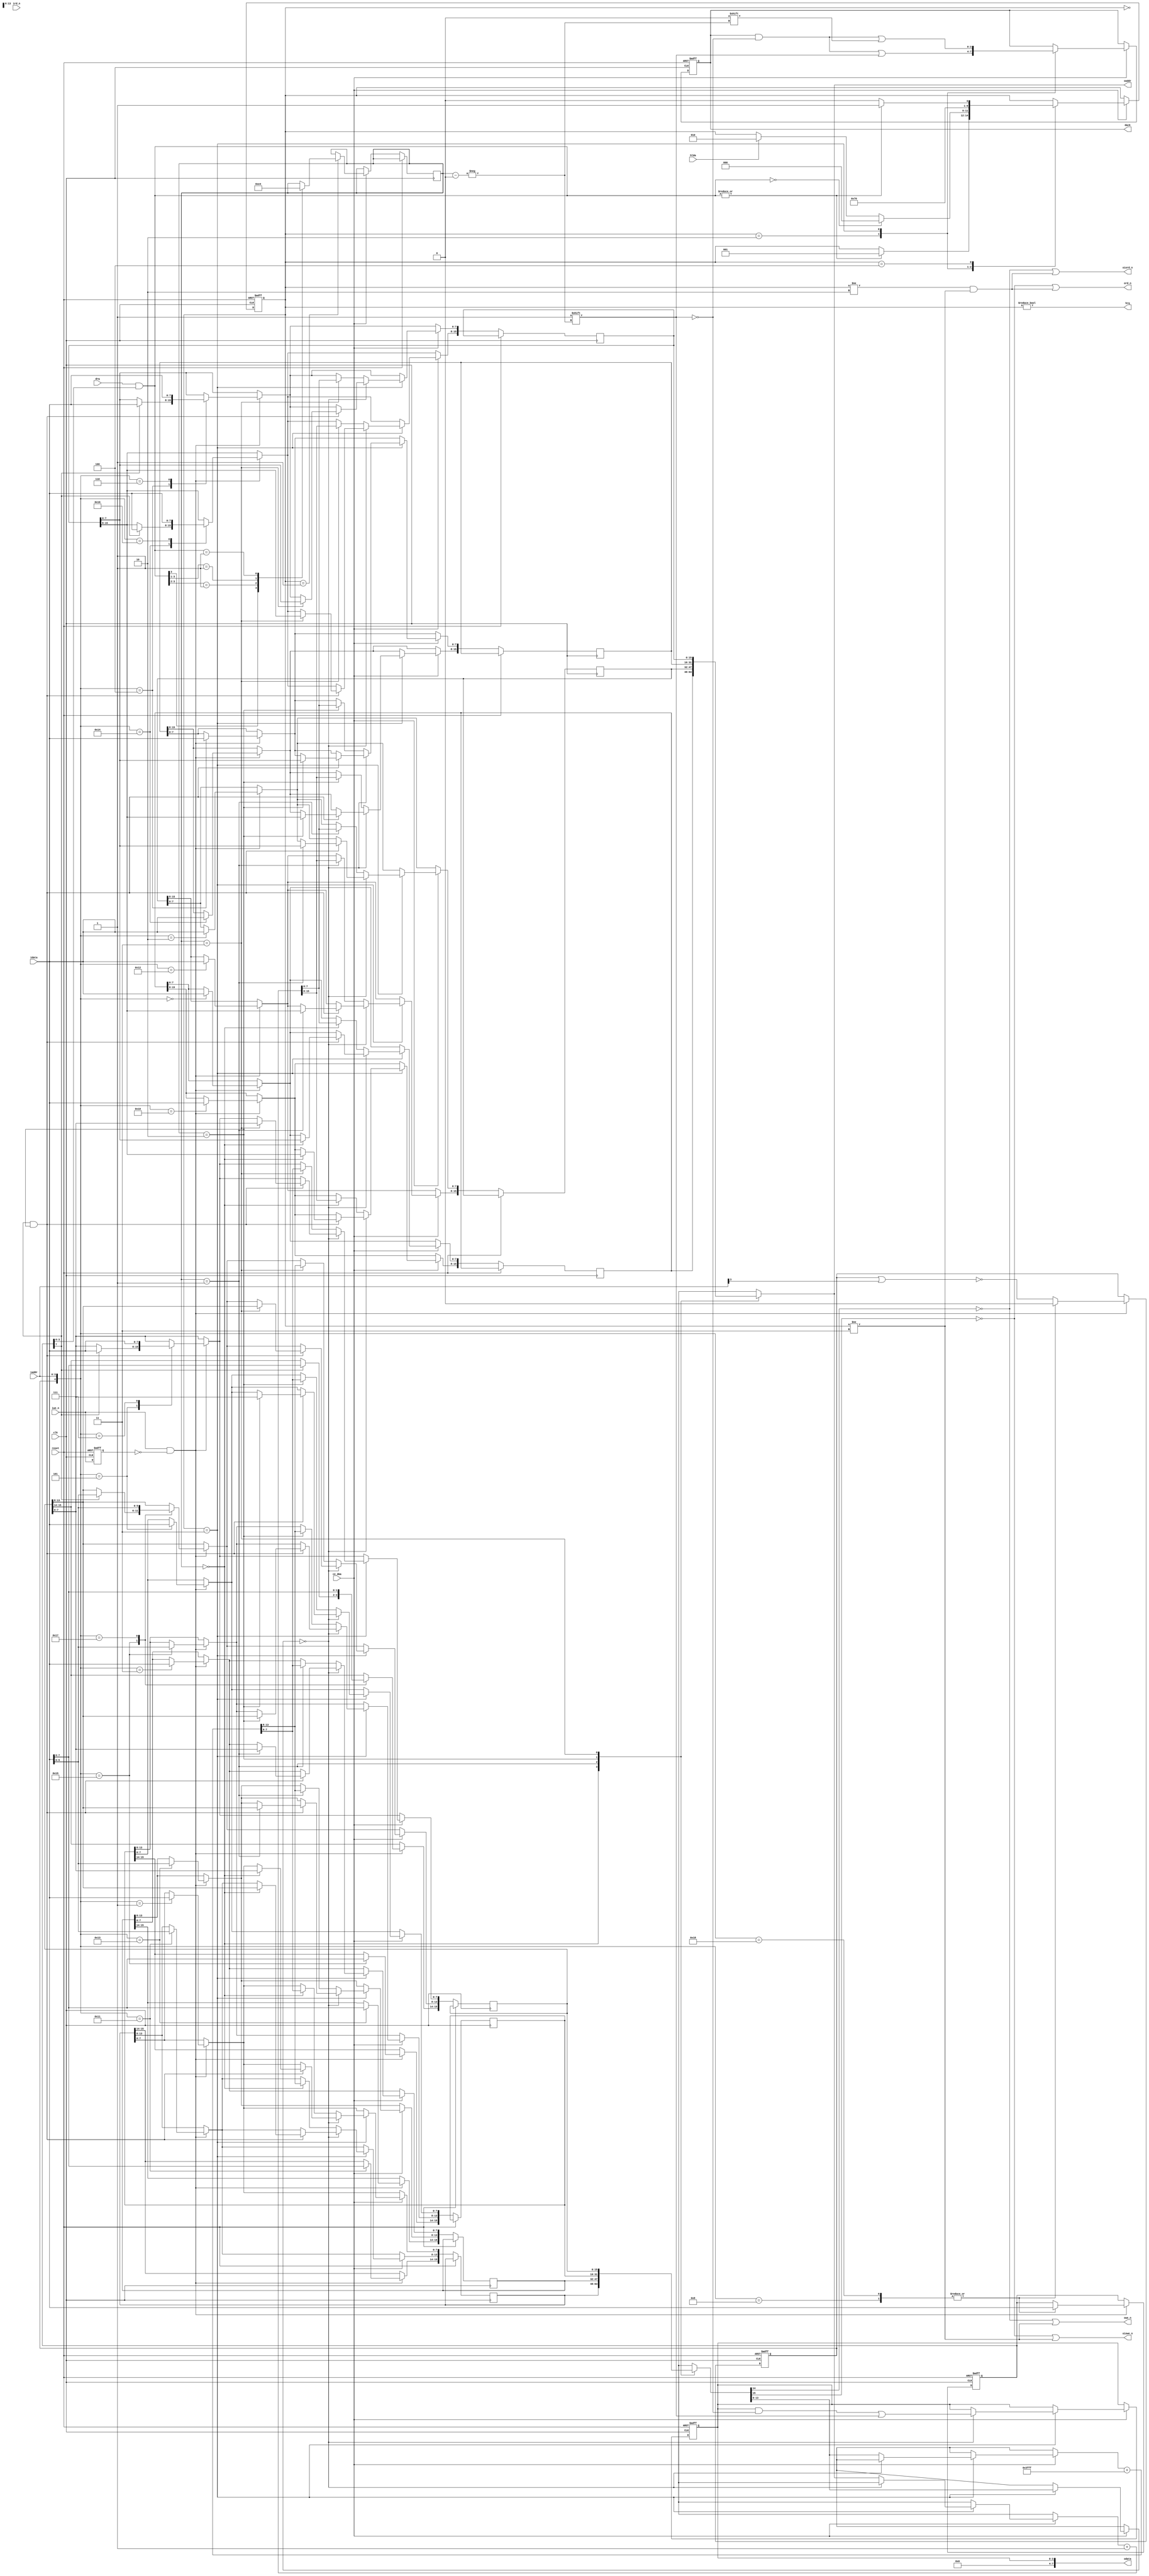
module k580vt57
(
	input         clk,
	input         ce_dma,
	input         reset,
	input   [3:0] iaddr,
	input   [7:0] idata,
	input   [3:0] drq,
	input         iwe_n,
	input         ird_n,
	input         hlda,
	output        hrq,
	output  [3:0] dack,
	output  [7:0] odata,
	output [15:0] oaddr,
	output        owe_n,
	output        ord_n,
	output        oiowe_n,
	output        oiord_n 
);

parameter ST_IDLE = 0;
parameter ST_WAIT = 1;
parameter ST_T1   = 2;
parameter ST_T2   = 3;
parameter ST_T3   = 4;
parameter ST_T4   = 5;
parameter ST_T5   = 6;
parameter ST_T6   = 7;


reg  [3:0] ack;
reg  [2:0] state;
reg  [1:0] channel;
reg  [7:0] mode;
reg  [3:0] chstate;
reg [15:0] chaddr[3:0];
reg [15:0] chtcnt[3:0];
reg        ff,exiwe_n;

assign dack    = ack;
assign hrq     = state!=ST_IDLE;
assign odata   = {4'd0, chstate};
assign oaddr   = chaddr[channel];
assign owe_n   = chtcnt[channel][14]==0 || state!=ST_T2;
assign ord_n   = chtcnt[channel][15]==0 || (state!=ST_T1 && state!=ST_T2);
assign oiowe_n = chtcnt[channel][15]==0 || state!=ST_T2;
assign oiord_n = chtcnt[channel][14]==0 || (state!=ST_T1 && state!=ST_T2);

wire[3:0] mdrq = drq & mode[3:0];

always @(posedge clk or posedge reset) begin
	if (reset) begin
		state <= 0; ff <= 0; mode <= 0; exiwe_n <= 1;
		chstate <= 0; ack <= 0;
	end else begin
		exiwe_n <= iwe_n;
		if (iwe_n && ~exiwe_n) begin
			ff <= ~(ff|iaddr[3]);
			case({ff, iaddr})
				5'b00000: chaddr[0][7:0]  <= idata;
				5'b00001: chtcnt[0][7:0]  <= idata;
				5'b00010: chaddr[1][7:0]  <= idata;
				5'b00011: chtcnt[1][7:0]  <= idata;
				5'b00100: begin chaddr[2][7:0]  <= idata; if(mode[7]) chaddr[3][7:0]  <= idata; end
				5'b00101: begin chtcnt[2][7:0]  <= idata; if(mode[7]) chtcnt[3][7:0]  <= idata; end
				5'b00110: chaddr[3][7:0]  <= idata;
				5'b00111: chtcnt[3][7:0]  <= idata;
				5'b10000: chaddr[0][15:8] <= idata;
				5'b10001: chtcnt[0][15:8] <= idata;
				5'b10010: chaddr[1][15:8] <= idata;
				5'b10011: chtcnt[1][15:8] <= idata;
				5'b10100: begin chaddr[2][15:8] <= idata; if(mode[7]) chaddr[3][15:8] <= idata; end
				5'b10101: begin chtcnt[2][15:8] <= idata; if(mode[7]) chtcnt[3][15:8] <= idata; end
				5'b10110: chaddr[3][15:8] <= idata;
				5'b10111: chtcnt[3][15:8] <= idata;
				5'b01000: {ff,mode} <= {1'b0,idata};
				5'b11000: {ff,mode} <= {1'b0,idata};
				 default: ;
			endcase
		end

		if(ce_dma) begin
			case (state)
				ST_IDLE: begin
					if (|mdrq) state <= ST_WAIT;
				end
				ST_WAIT: begin
					if (hlda) state <= ST_T1;
					casex (mdrq[3:0])
						4'b1xxx: channel <= 3;
						4'b01xx: channel <= 2;
						4'b001x: channel <= 1;
						4'b0001: channel <= 0;
						4'b0000: state   <= ST_IDLE;
					endcase
				end
				ST_T1: begin
					state <= ST_T2;
					ack[channel] <= 1;
				end
				ST_T2: begin
					ack[channel] <= 0;
					if(!chtcnt[channel][13:0]) begin
						chstate[channel] <= 1;
						if (mode[7] && channel==2) begin
							chaddr[channel] <= chaddr[3];
							chtcnt[channel][13:0] <= chtcnt[3][13:0];
						end
					end else begin
						chaddr[channel] <= chaddr[channel]+1'b1;
						chtcnt[channel][13:0] <= chtcnt[channel][13:0]+14'h3FFF;
					end
					state <= ST_T3;
				end
				ST_T3: begin
					state <= |mdrq ? ST_WAIT : ST_IDLE;
				end
			endcase
		end
	end
end

endmodule